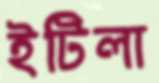
ইটিলা